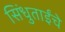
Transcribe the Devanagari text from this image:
सिंधुताईंचे